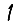
Digit: 1